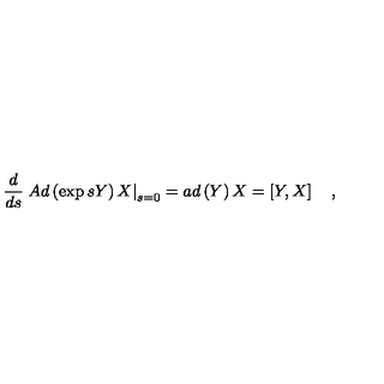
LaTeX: \frac d { d s } \left. A d \left( \exp s Y \right) X \right| _ { s = 0 } = a d \left( Y \right) X = \left[ Y , X \right] \quad ,